Newspaper: Southern standard.
Place of publication: McMinnville, Tenn.
Publisher: Standard Pub. Co.
Date: 1885-08-08 00:00:00
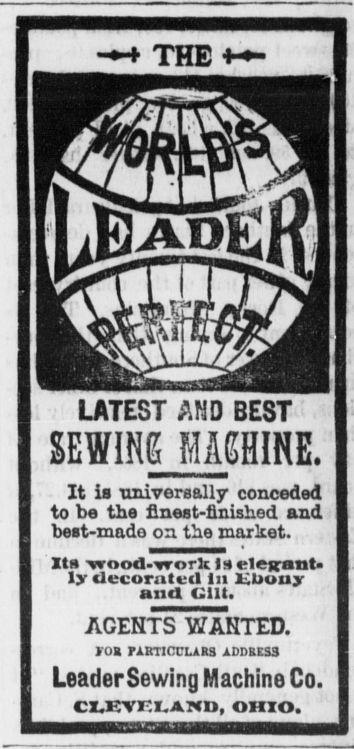
Advertisement text (OCR):
THE LATEST AND BEST mm rnmim. It is universally conceded to be the finest-finished and best-made on tne market. It vrood-work f 9 elejrant ly decorated in JUUuuy and V1U. AGENTS Y ANTED. FOB FABTICULARS ADDRESS LeaderSewing Machine Co. CLETVELAHD, OHIO.
Label: illustrations